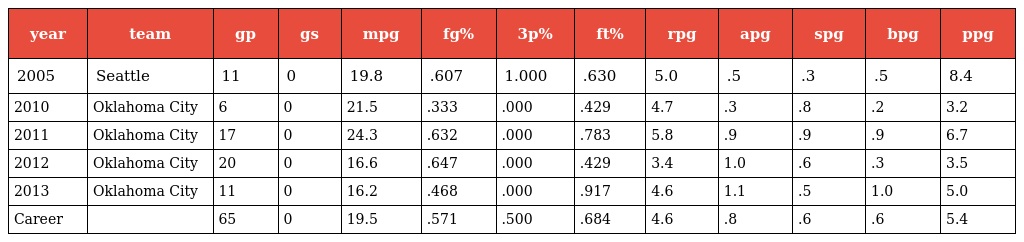
| year | team | gp | gs | mpg | fg% | 3p% | ft% | rpg | apg | spg | bpg | ppg |
 | --- | --- | --- | --- | --- | --- | --- | --- | --- | --- | --- | --- | --- |
 | 2005 | Seattle | 11 | 0 | 19.8 | .607 | 1.000 | .630 | 5.0 | .5 | .3 | .5 | 8.4 |
 | 2010 | Oklahoma City | 6 | 0 | 21.5 | .333 | .000 | .429 | 4.7 | .3 | .8 | .2 | 3.2 |
 | 2011 | Oklahoma City | 17 | 0 | 24.3 | .632 | .000 | .783 | 5.8 | .9 | .9 | .9 | 6.7 |
 | 2012 | Oklahoma City | 20 | 0 | 16.6 | .647 | .000 | .429 | 3.4 | 1.0 | .6 | .3 | 3.5 |
 | 2013 | Oklahoma City | 11 | 0 | 16.2 | .468 | .000 | .917 | 4.6 | 1.1 | .5 | 1.0 | 5.0 |
 | Career |  | 65 | 0 | 19.5 | .571 | .500 | .684 | 4.6 | .8 | .6 | .6 | 5.4 |